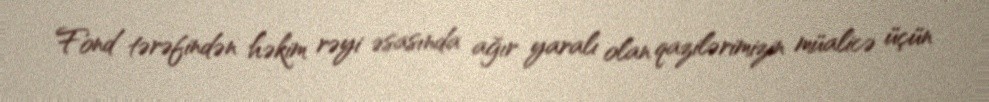
Fond tərəfindən həkim rəyi əsasında ağır yaralı olan qazilərimizin müalicə üçün